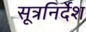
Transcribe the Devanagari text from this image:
सूत्रनिर्देश